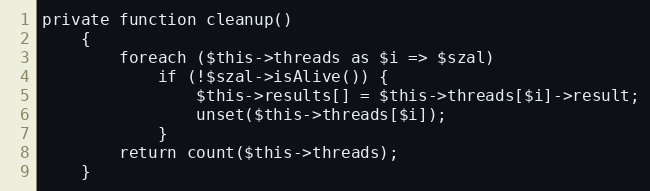
Language: PHP
private function cleanup()
    {
        foreach ($this->threads as $i => $szal)
            if (!$szal->isAlive()) {
                $this->results[] = $this->threads[$i]->result;
                unset($this->threads[$i]);
            }
        return count($this->threads);
    }